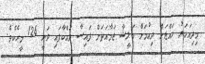
މިދިއަހަރު ހައްޖަށް ދިއުމަށް މަލީޝާ ޖަމާއަތަށް ފައިސާ ދައްކާފައި ވަނީ 126 މީހެކެވެ.